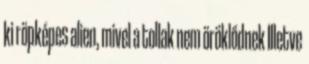
ki röpképes alien, mivel a tollak nem öröklődnek Illetve